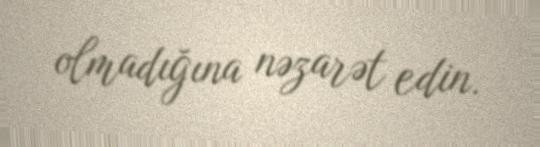
olmadığına nəzarət edin.